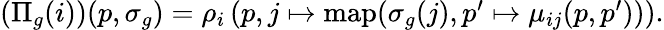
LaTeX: \begin{array}{r}{(\Pi_{g}(i))(p,\sigma_{g})=\rho_{i}\left(p,j\mapsto\textup{map}(\sigma_{g}(j),p^{\prime}\mapsto\mu_{ij}(p,p^{\prime}))\right).}\end{array}